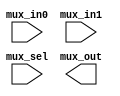
// SPDX-License-Identifier: Apache-2.0
// Copyright (C) 2019 Intel Corporation. 
//****************************************************************************************
//  2011 Altera Corporation. 
//
//****************************************************************************************

//------------------------------------------------------------------------
// Description: standard 2 to 1 mux
//
//------------------------------------------------------------------------

module altr_hps_mux21
    (
    input  wire              mux_in0,     // mux in 0
    input  wire              mux_in1,     // mux in 1
    input  wire              mux_sel,     // mux selector
    output  wire             mux_out      // mux out
     );

`ifdef ALTR_HPS_INTEL_MACROS_OFF
    assign mux_out = mux_sel ? mux_in1 : mux_in0;
`else

`endif

endmodule // altr_hps_mux21